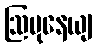
ဩပုနေယျ